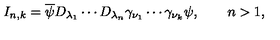
I _ { n , k } = \overline { { \psi } } D _ { \lambda _ { 1 } } \cdots D _ { \lambda _ { n } } \gamma _ { \nu _ { 1 } } \cdots \gamma _ { \nu _ { k } } \psi , \qquad n > 1 ,